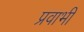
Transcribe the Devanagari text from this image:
प्रवाभी